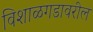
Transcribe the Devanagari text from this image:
विशाळगडावरील